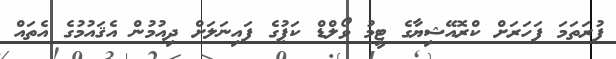
ފުރަތަމަ ފަހަރަށް ކްރޮއޭޝިޔާގެ ޓީމު ވޯލްޑް ކަޕުގެ ފައިނަލަށް ދިއުމުން އެޤައުމުގެ އެތައް